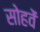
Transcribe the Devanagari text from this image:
सोहवें